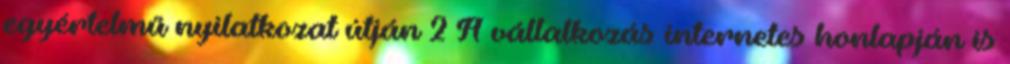
egyértelmű nyilatkozat útján 2 A vállalkozás internetes honlapján is